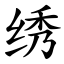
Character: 绣